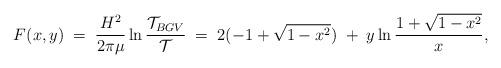
LaTeX: \begin{align*}F(x,y)\;=\;\frac{H^2}{2\pi\mu}\ln\frac{{\cal T}_{BGV}}{{\cal T}}\;=\;2(-1+\sqrt{1-x^2})\;+\;y\ln\frac{1+\sqrt{1-x^2}}{x},\end{align*}